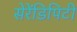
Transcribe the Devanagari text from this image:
सेरेंडिपिटी